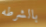
بالشرطه